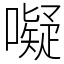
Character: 㘈